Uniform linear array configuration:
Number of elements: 4
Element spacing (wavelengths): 0.5
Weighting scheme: blackman
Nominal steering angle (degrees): -15
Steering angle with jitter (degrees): -15.838
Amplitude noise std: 0.05
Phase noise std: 0.05

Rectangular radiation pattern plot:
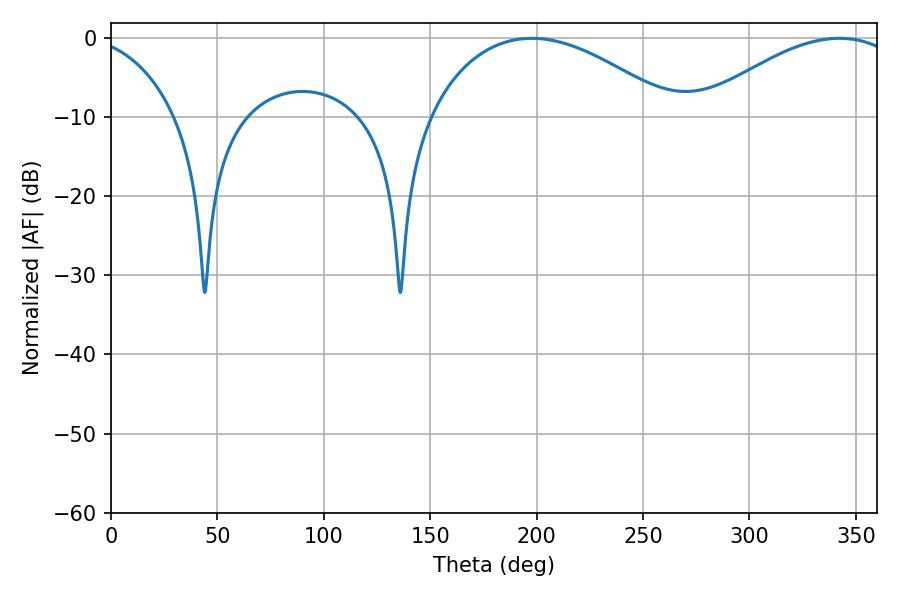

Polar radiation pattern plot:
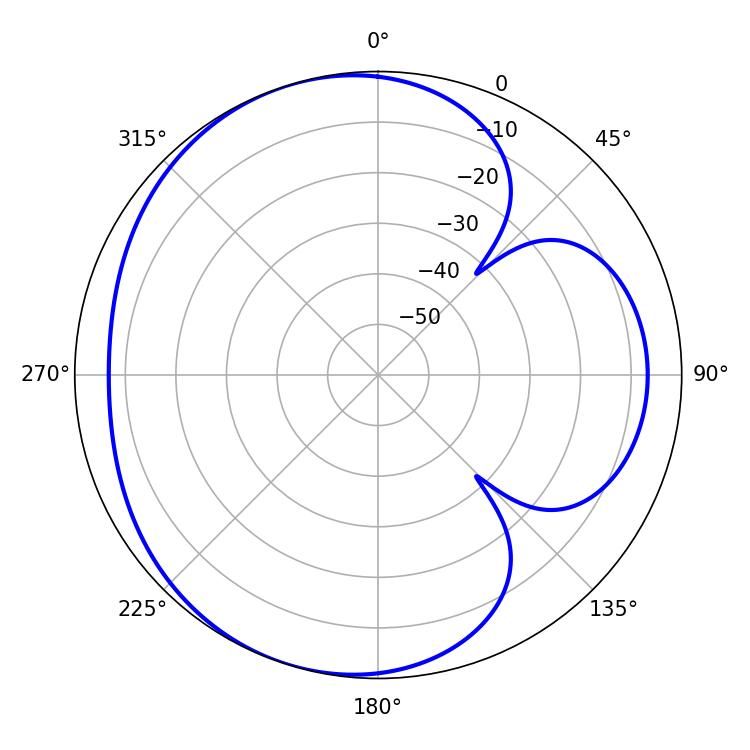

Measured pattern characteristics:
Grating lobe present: FALSE
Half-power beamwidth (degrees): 64.62
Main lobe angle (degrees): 197.82